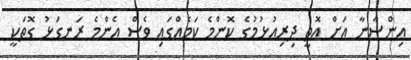
އިންސާނާ އަށް އޮތީ ދިރިއުޅުމުގެ ކޮންމެ ކަމެއްގައި ވެސް އެންމެ ރަނގަޅު ގޮތަކީ